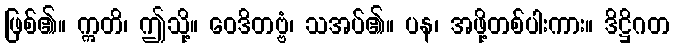
ဖြစ်၏။ ဣတိ၊ ဤသို့။ ဝေဒိတဗ္ဗံ၊ သအပ်၏။ ပန၊ အဖို့တစ်ပါးကား။ ဒိဋ္ဌိဂတ